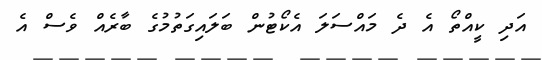
އަދި ކީއްތޯ އެ ދެ މައްސަލަ އެކޯޓުން ބަލައިގަތުމުގެ ބާރެއް ވެސް އެ